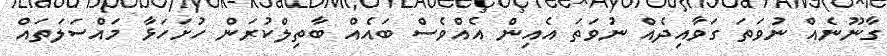
ގާނޫނެއް ނުވަތަ ގަވާއިދެއް ނުވަތަ އެއިން އެއްވެސް ބައެއް ބާތިލްކުރަން ހުށަހަޅާ މައްސަލަތައް